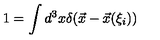
1 = \int d ^ { 3 } x \delta ( \vec { x } - \vec { x } ( \xi _ { i } ) )